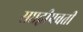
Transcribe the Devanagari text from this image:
सप्तद्वीपवती